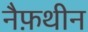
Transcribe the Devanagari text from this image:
नैफ़थीन